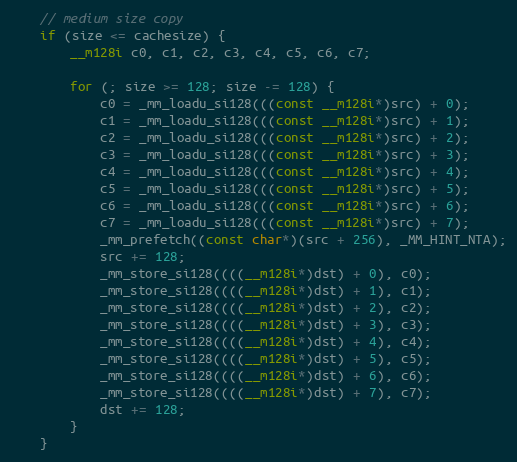
Language: C
	// medium size copy
	if (size <= cachesize) {
		__m128i c0, c1, c2, c3, c4, c5, c6, c7;

		for (; size >= 128; size -= 128) {
			c0 = _mm_loadu_si128(((const __m128i*)src) + 0);
			c1 = _mm_loadu_si128(((const __m128i*)src) + 1);
			c2 = _mm_loadu_si128(((const __m128i*)src) + 2);
			c3 = _mm_loadu_si128(((const __m128i*)src) + 3);
			c4 = _mm_loadu_si128(((const __m128i*)src) + 4);
			c5 = _mm_loadu_si128(((const __m128i*)src) + 5);
			c6 = _mm_loadu_si128(((const __m128i*)src) + 6);
			c7 = _mm_loadu_si128(((const __m128i*)src) + 7);
			_mm_prefetch((const char*)(src + 256), _MM_HINT_NTA);
			src += 128;
			_mm_store_si128((((__m128i*)dst) + 0), c0);
			_mm_store_si128((((__m128i*)dst) + 1), c1);
			_mm_store_si128((((__m128i*)dst) + 2), c2);
			_mm_store_si128((((__m128i*)dst) + 3), c3);
			_mm_store_si128((((__m128i*)dst) + 4), c4);
			_mm_store_si128((((__m128i*)dst) + 5), c5);
			_mm_store_si128((((__m128i*)dst) + 6), c6);
			_mm_store_si128((((__m128i*)dst) + 7), c7);
			dst += 128;
		}
	}